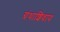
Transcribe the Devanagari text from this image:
ग्रंथाशिवाय